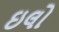
ઇલો